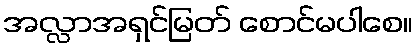
အလ္လာအရှင်မြတ် စောင်မပါစေ။